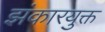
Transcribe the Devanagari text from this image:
झंकारयुक्त